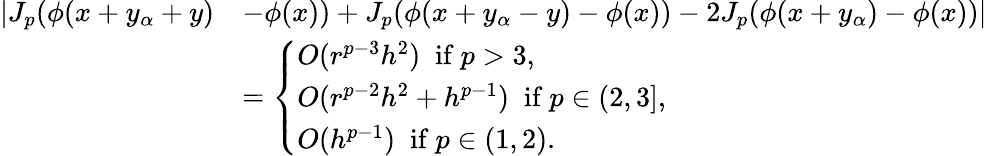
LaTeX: \begin{array}{rl}{|J_{p}(\phi(x+y_{\alpha}+y)}&{-\phi(x))+J_{p}(\phi(x+y_{\alpha}-y)-\phi(x))-2J_{p}(\phi(x+y_{\alpha})-\phi(x))|}\\ &{=\left\{ \begin{array}{ll}{O(r^{p-3}h^{2})\; \mathrm{~if~}p>3,}\\ {O(r^{p-2}h^{2}+h^{p-1})\; \mathrm{~if~}p\in(2,3],}\\ {O(h^{p-1})\; \mathrm{~if~}p\in(1,2).}\end{array}\right.}\end{array}